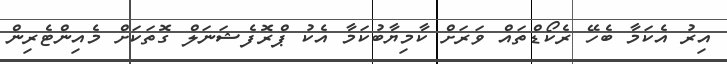
އިރު އެކަމާ ބެހޭ ރެކޯޑްތައް ވަރަށް ކާމިޔާބުކަމާ އެކު ޕްރޮފެޝަނަލް ގޮތަކަށް މެއިންޓެރިން